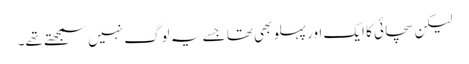
لیکن سچائی کا ایک اور پہلو بھی تھا جسے یہ لوگ نہیں سمجھتے تھے۔